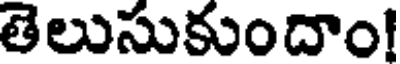
తెలుసుకుందాం!